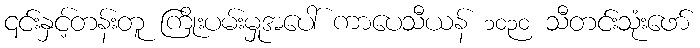
၎င်းနှင့်တန်းတူ ကြိုးပမ်းမှုအပေါ် ကာပေသီယန် ၁၀၃၀ သီတင်းသုံးဖော်